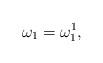
LaTeX: \begin{align*}\omega_{1}=\omega_{1}^{1},\end{align*}